Report on horse surra - Volume II, Part II
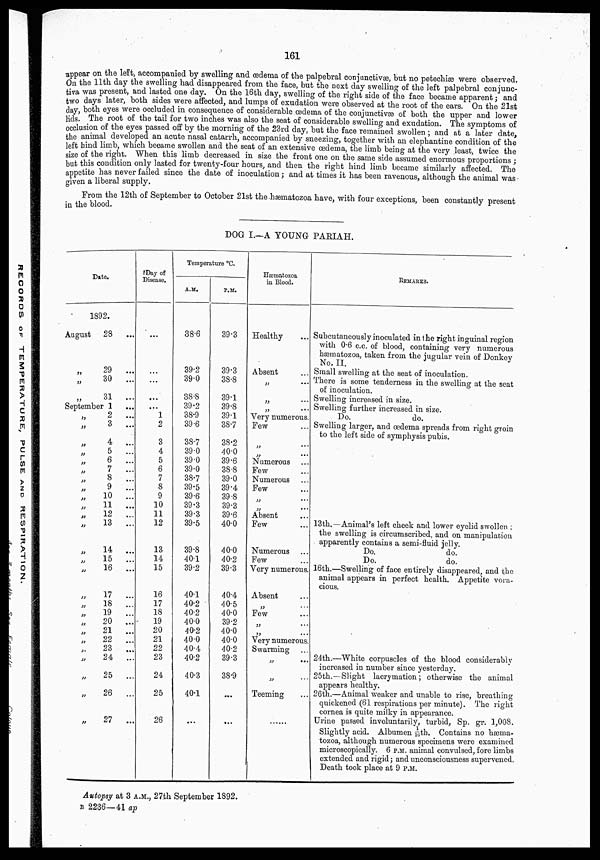
161
appear on the left, accompanied by swelling and œdema of the palpebral conjunctivæ, but no petechiæ were observed.
On the 11th day the swelling had disappeared from the face, but the next day swelling of the left palpebral conjunc-
tiva was present, and lasted one day. On the 16th day, swelling of the right side of the face became apparent ; and
two days later, both sides were affected, and lumps of exudation were observed at the root of the ears. On the 21st
day, both eyes were occluded in consequence of considerable œdema of the conjunctivæ of both the upper and lower
lids. The root of the tail for two inches was also the seat of considerable swelling and exudation. The symptoms of
occlusion of the eyes passed off by the morning of the 23rd day, but the face remained swollen ; and at a later date,
the animal developed an acute nasal catarrh, accompanied by sneezing, together with an elephantine condition of the
left hind limb, which became swollen and the seat of an extensive œdema, the limb being at the very least, twice the
size of the right. When this limb decreased in size the front one on the same side assumed enormous proportions ;
but this condition only lasted for twenty-four hours, and then the right hind limb became similarly affected. The
appetite has never failed since the date of inoculation ; and at times it has been ravenous, although the animal was
given a liberal supply.
From the 12th of September to October 21st the hæmatozoa have, with four exceptions, been constantly present
in the blood.
DOG I.—A YOUNG PARIAH.
Date.
1892.
August
„
„
„
28
...
29
...
30
...
31
...
September 1 ...
„
„
„
„
„
„
„
„
„
„
„
„
„
„
„
„
„
„
„
„
„
„
„
„
„
„
2
...
3
...
4
...
5
...
6
...
7
...
8
...
9
...
10
...
11
...
12
...
13
...
14
...
15
...
16
...
17
...
18
...
19
...
20
...
21
...
22
...
23 ...
24 ...
25
...
26 ...
27
...
Day of
Disease.
...
...
...
...
...
1
2
3
4
5
6
7
8
9
10
11
12
13
14
15
16
17
18
19
20
21
22
23
24
25
26
Temperature °C.
A.M.
38.6
39.2
39.0
38.8
39.2
38.9
39.6
38.7
39.0
39.0
39.0
38.7
39.5
39.6
39.3
39.3
39.5
39.8
40.1
39.2
40.1
40.2
40.2
40.0
40.2
40.0
40.4
40.2
40.3
40.1
...
P.M.
39.3
39.3
38.8
39.1
39.8
39.1
38.7
38.2
40.0
39.6
38.8
39.0
39.4
39.8
39.3
39.6
40.0
40.0
40.2
39.3
40.4
40.5
40.0
39.2
40.0
40.0
40.2
39.3
38.9
...
...
Hæmatozoa
in Blood.
Healthy ...
Absent ...
„ ...
„ ...
„ ...
Very numerous.
Few ...
„ ...
„ ...
Numerous ...
Few ...
Numerous ...
Few ...
„ ...
„ ...
Absent ...
Few ...
Numerous ...
Few ...
Very numerous.
Absent ...
„ ...
Few ...
„ ...
„ ...
Very numerous
Swarming ...
„ ...
„ ...
Teeming ...
........
REMARKS.
Subcutaneously inoculated in the right inguinal region
with 0.6 c.c. of blood, containing very numerous
hæmatozoa, taken from the jugular vein of Donkey
No. II.
Small swelling at the seat of inoculation.
There is some tenderness in the swelling at the seat
of inoculation.
Swelling increased in size.
Swelling further increased in size.
Do.
do.
Swelling larger, and œdema spreads from right groin
to the left side of symphysis pubis.
13th.—Animal's left cheek and lower eyelid swollen ;
the swelling is circumscribed, and on manipulation
apparently contains a semi-fluid jelly.
Do.
do.
Do.
do.
16th.—Swelling of face entirely disappeared, and the
animal appears in perfect health. Appetite vora-
cious.
24th.—White corpuscles of the blood considerably
increased in number since yesterday.
25th.—Slight lacrymation ; otherwise the animal
appears healthy.
26th.—Animal weaker and unable to rise, breathing-
quickened (61 respirations per minute). The right
cornea is quite milky in appearance.
Urine passed involuntarily, turbid, Sp. gr. 1,008.
Slightly acid. Albumen 1/16th. Contains no hæma-
tozoa, although numerous specimens were examined
microscopically. 6 P.M. animal convulsed, fore limbs
extended and rigid ; and unconsciousness supervened.
Death took place at 9 P.M.
Autopsy at 3 A.M., 27th September 1892.
B 2236— 41 ap